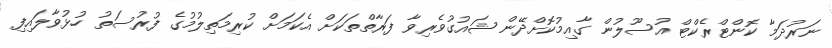
ނަރުދަމާ ކޮންޓްރެކްޓް އުސޫލުން ގާއިމުކޮށްދޭން ޝައުގުވެރިވާ ފަރާތްތަކަށް އެކަމަށް ކުރިމަތިލުމުގެ ފުރުސަތު ހުޅުވާލައިފި